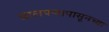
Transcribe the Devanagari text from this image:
बालपणापासूनच्या